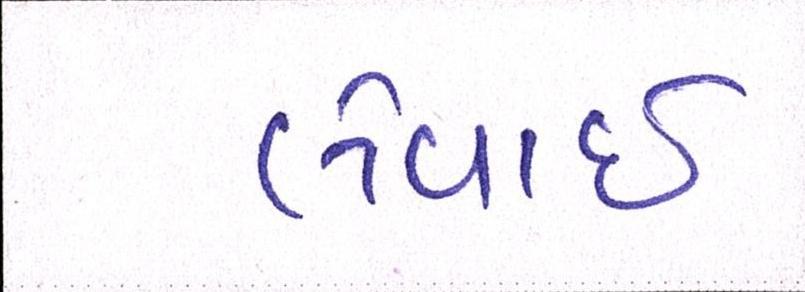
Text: લેવાઇ